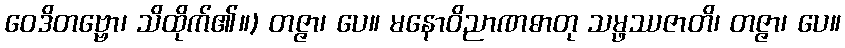
ဝေဒိတဗ္ဗော၊ သိထိုက်၏။) တဇ္ဇာ၊ ပေ။ မနောဝိညာဏဓာတု သမ္ဖဿဇာတိ၊ တဇ္ဇာ၊ ပေ။